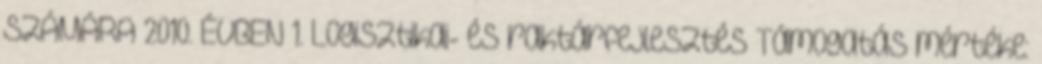
SZÁMÁRA 2010. ÉVBEN 1. Logisztikai- és raktárfejlesztés Támogatás mértéke: